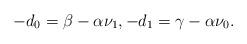
LaTeX: \begin{align*} -d_0 = \beta - \alpha \nu_1, -d_1 = \gamma - \alpha \nu_0 .\end{align*}